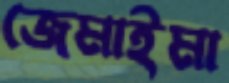
জেমাইমা